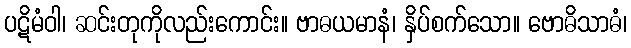
ပဋိမံဝါ၊ ဆင်းတုကိုလည်းကောင်း။ ဗာဓယမာနံ၊ နှိပ်စက်သော။ ဗောဓိသာဓံ၊